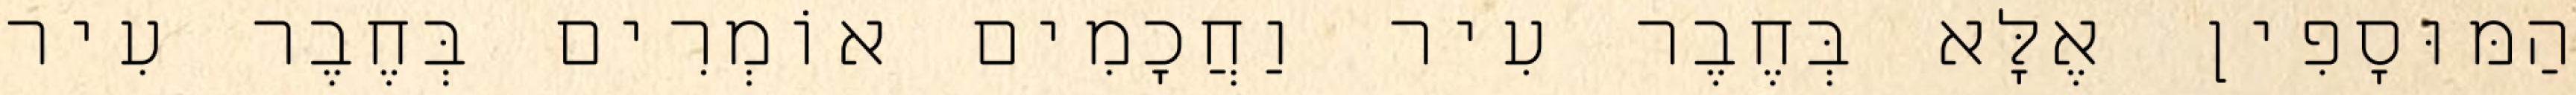
הַמּוּסָפִין אֶלָּא בְּחֶבֶר עִיר וַחֲכָמִים אוֹמְרִים בְּחֶבֶר עִיר